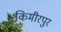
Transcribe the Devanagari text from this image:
किमीरपुर